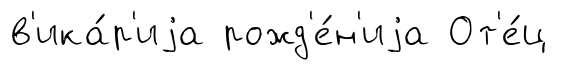
в'ика́р'иjа рожд'е́н'иjа От'е́ц